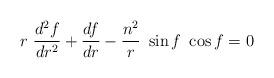
LaTeX: \begin{align*}r~\frac{d^2f}{dr^2}+\frac{df}{dr}-\frac{n^2}{r}~\sin f~\cos f=0\end{align*}